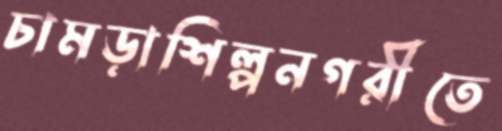
চামড়াশিল্পনগরীতে